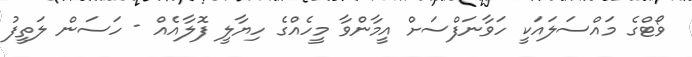
ވޯޓްގެ މައްސަލައަކީ ހަވާނަފްސަށް އީމާންވާ މީހެއްގެ ހިޔާލީ ފޮލާއެއް - ހަސަން ލަތީފު